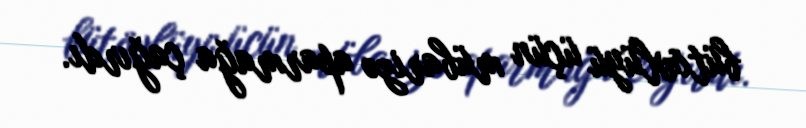
bütövlüyü üçün mübarizə aparmağa çağırdı.